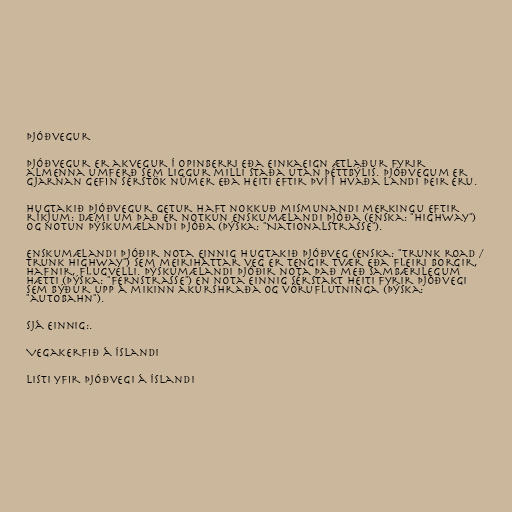
Þjóðvegur

Þjóðvegur er akvegur í opinberri eða einkaeign ætlaður fyrir
almenna umferð sem liggur milli staða utan þéttbýlis. Þjóðvegum er
gjarnan gefin sérstök númer eða heiti eftir því í hvaða landi þeir eru.

Hugtakið þjóðvegur getur haft nokkuð mismunandi merkingu eftir
ríkjum: Dæmi um það er notkun enskumælandi þjóða (enska: "Highway")
og notun þýskumælandi þjóða (þýska: "Nationalstraße").

Enskumælandi þjóðir nota einnig hugtakið þjóðveg (enska: "trunk road /
trunk highway") sem meiriháttar veg er tengir tvær eða fleiri borgir,
hafnir, flugvelli. Þýskumælandi þjóðir nota það með sambærilegum
hætti (þýska: "Fernstraße") en nota einnig sérstakt heiti fyrir þjóðvegi
sem býður upp á mikinn akurshraða og vöruflutninga (þýska:
"autobahn").

Sjá einnig:.

Vegakerfið á Íslandi

Listi yfir þjóðvegi á Íslandi